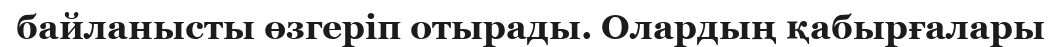
байланысты өзгеріп отырады. Олардың қабырғалары